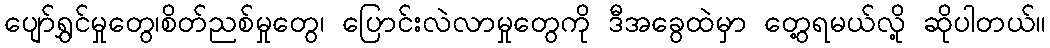
ပျော်ရွှင်မှုတွေ၊စိတ်ညစ်မှုတွေ၊ ပြောင်းလဲလာမှုတွေကို ဒီအခွေထဲမှာ တွေ့ရမယ်လို့ ဆိုပါတယ်။